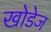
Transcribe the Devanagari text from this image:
खोडेज